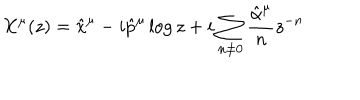
X ^ { \mu } ( z ) = \hat { x } ^ { \mu } - i \hat { p } ^ { \mu } \log z + i \sum _ { n \neq 0 } \frac { \hat { \alpha } ^ { \mu } } { n } z ^ { - n }